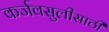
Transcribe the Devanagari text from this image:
कर्जवसुलीसाठी